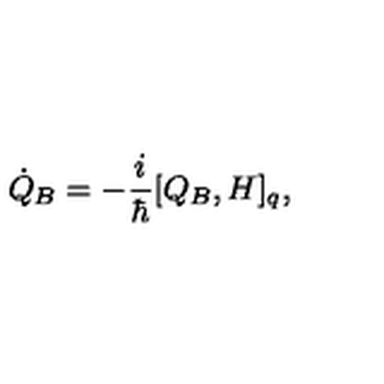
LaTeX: \dot { Q } _ { B } = - \frac { i } { \hbar } [ Q _ { B } , H ] _ { q } ,